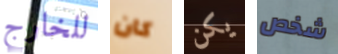
للخارج كان يكن شخص